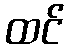
ထင်